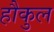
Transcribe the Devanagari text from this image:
हौकुल